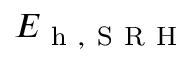
E _ { \mathrm { ~ h ~ , ~ S ~ R ~ H ~ } }